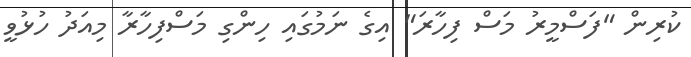
ކުރިން "ފަސްމީރު މަސް ފިހާރަ" އިގެ ނަމުގައި ހިންގި މަސްފިހާރާ މިއަދު ހުޅުވީ